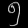
Digit: ၅